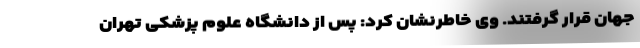
جهان قرار گرفتند. وی خاطرنشان کرد: پس از دانشگاه علوم پزشکی تهران